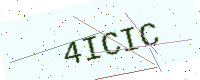
Text: 4ICIC